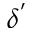
\delta ^ { ' }